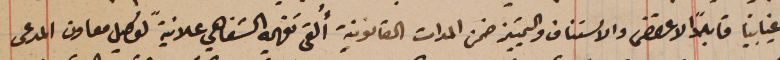
غيابياً قابلاً الاعتراض والاستناف والتمييز ضمن المدات القانونية أُلقى تفهمه الشفاهي علانيةً توكيل معاون المدعى